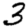
Digit: 3